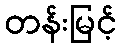
တန်းမြင့်